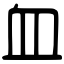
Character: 血